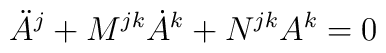
\ddot A^j + M^{jk}\dot A^k + N^{jk}A^k = 0